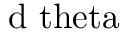
\mathrm { d \ t h e t a }